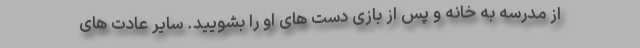
از مدرسه به خانه و پس از بازی دست های او را بشویید. سایر عادت های